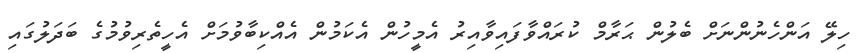
ހިލޭ އަންހެނުންނަށް ބެލުން ޙަރާމް ކުރައްވާފައިވާއިރު އެމީހުން އެކަމުން އެއްކިބާވުމަށް އެހީތެރިވުމުގެ ބަދަލުގައި